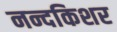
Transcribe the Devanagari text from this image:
नन्दकिशर